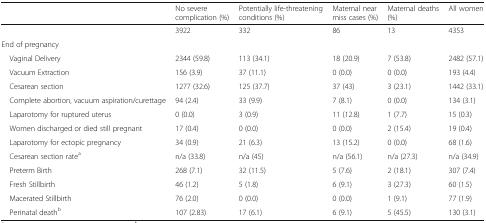
|  | No severe complication (%) | Potentially life-threatening conditions (%) | Maternal near miss cases (%) | Maternal deaths (%) | All women |
 | --- | --- | --- | --- | --- | --- |
 |  | 3922 | 332 | 86 | 13 | 4353 |
 | <COLSPAN=6> End of pregnancy |
 | Vaginal Delivery | 2344 (59.8) | 113 (34.1) | 18 (20.9) | 7 (53.8) | 2482 (57.1) |
 | Vacuum Extraction | 156 (3.9) | 37 (11.1) | 0 (0.0) | 0 (0.0) | 193 (4.4) |
 | Cesarean section | 1277 (32.6) | 125 (37.7) | 37 (43) | 3 (23.1) | 1442 (33.1) |
 | Complete abortion, vacuum aspiration/curettage | 94 (2.4) | 33 (9.9) | 7 (8.1) | 0 (0.0) | 134 (3.1) |
 | Laparotomy for ruptured uterus | 0 (0.0) | 3 (0.9) | 11 (12.8) | 1 (7.7) | 15 (0.3) |
 | Women discharged or died still pregnant | 17 (0.4) | 0 (0.0) | 0 (0.0) | 2 (15.4) | 19 (0.4) |
 | Laparotomy for ectopic pregnancy | 34 (0.9) | 21 (6.3) | 13 (15.2) | 0 (0.0) | 68 (1.6) |
 | Cesarean section ratea | n/a (33.8) | n/a (45) | n/a (56.1) | n/a (27.3) | n/a (34.9) |
 | Preterm Birth | 268 (7.1) | 32 (11.5) | 5 (7.6) | 2 (18.1) | 307 (7.4) |
 | Fresh Stillbirth | 46 (1.2) | 5 (1.8) | 6 (9.1) | 3 (27.3) | 60 (1.5) |
 | Macerated Stillbirth | 76 (2.0) | 0 (0.0) | 0 (0.0) | 1 (9.1) | 77 (1.9) |
 | Perinatal deathb | 107 (2.83) | 17 (6.1) | 6 (9.1) | 5 (45.5) | 130 (3.1) |